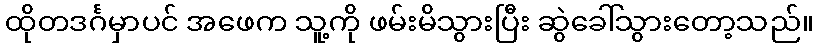
ထိုတဒင်္ဂမှာပင် အဖေက သူ့ကို ဖမ်းမိသွားပြီး ဆွဲခေါ်သွားတော့သည်။